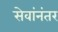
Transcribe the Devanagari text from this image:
सेवांनंतर